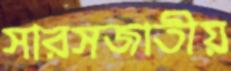
সারসজাতীয়